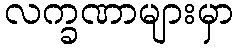
လက္ခဏာများမှာ